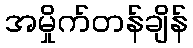
အမှိုက်တန်ချိန်